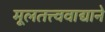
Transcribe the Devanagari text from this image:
मूलतत्त्ववाद्याने